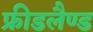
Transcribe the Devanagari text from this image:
फ्रीडलैण्ड